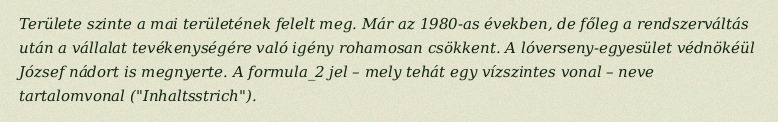
Területe szinte a mai területének felelt meg. Már az 1980-as években, de főleg a rendszerváltás után a vállalat tevékenységére való igény rohamosan csökkent. A lóverseny-egyesület védnökéül József nádort is megnyerte. A formula_2 jel – mely tehát egy vízszintes vonal – neve tartalomvonal ("Inhaltsstrich").